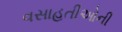
વસાહતીઓની